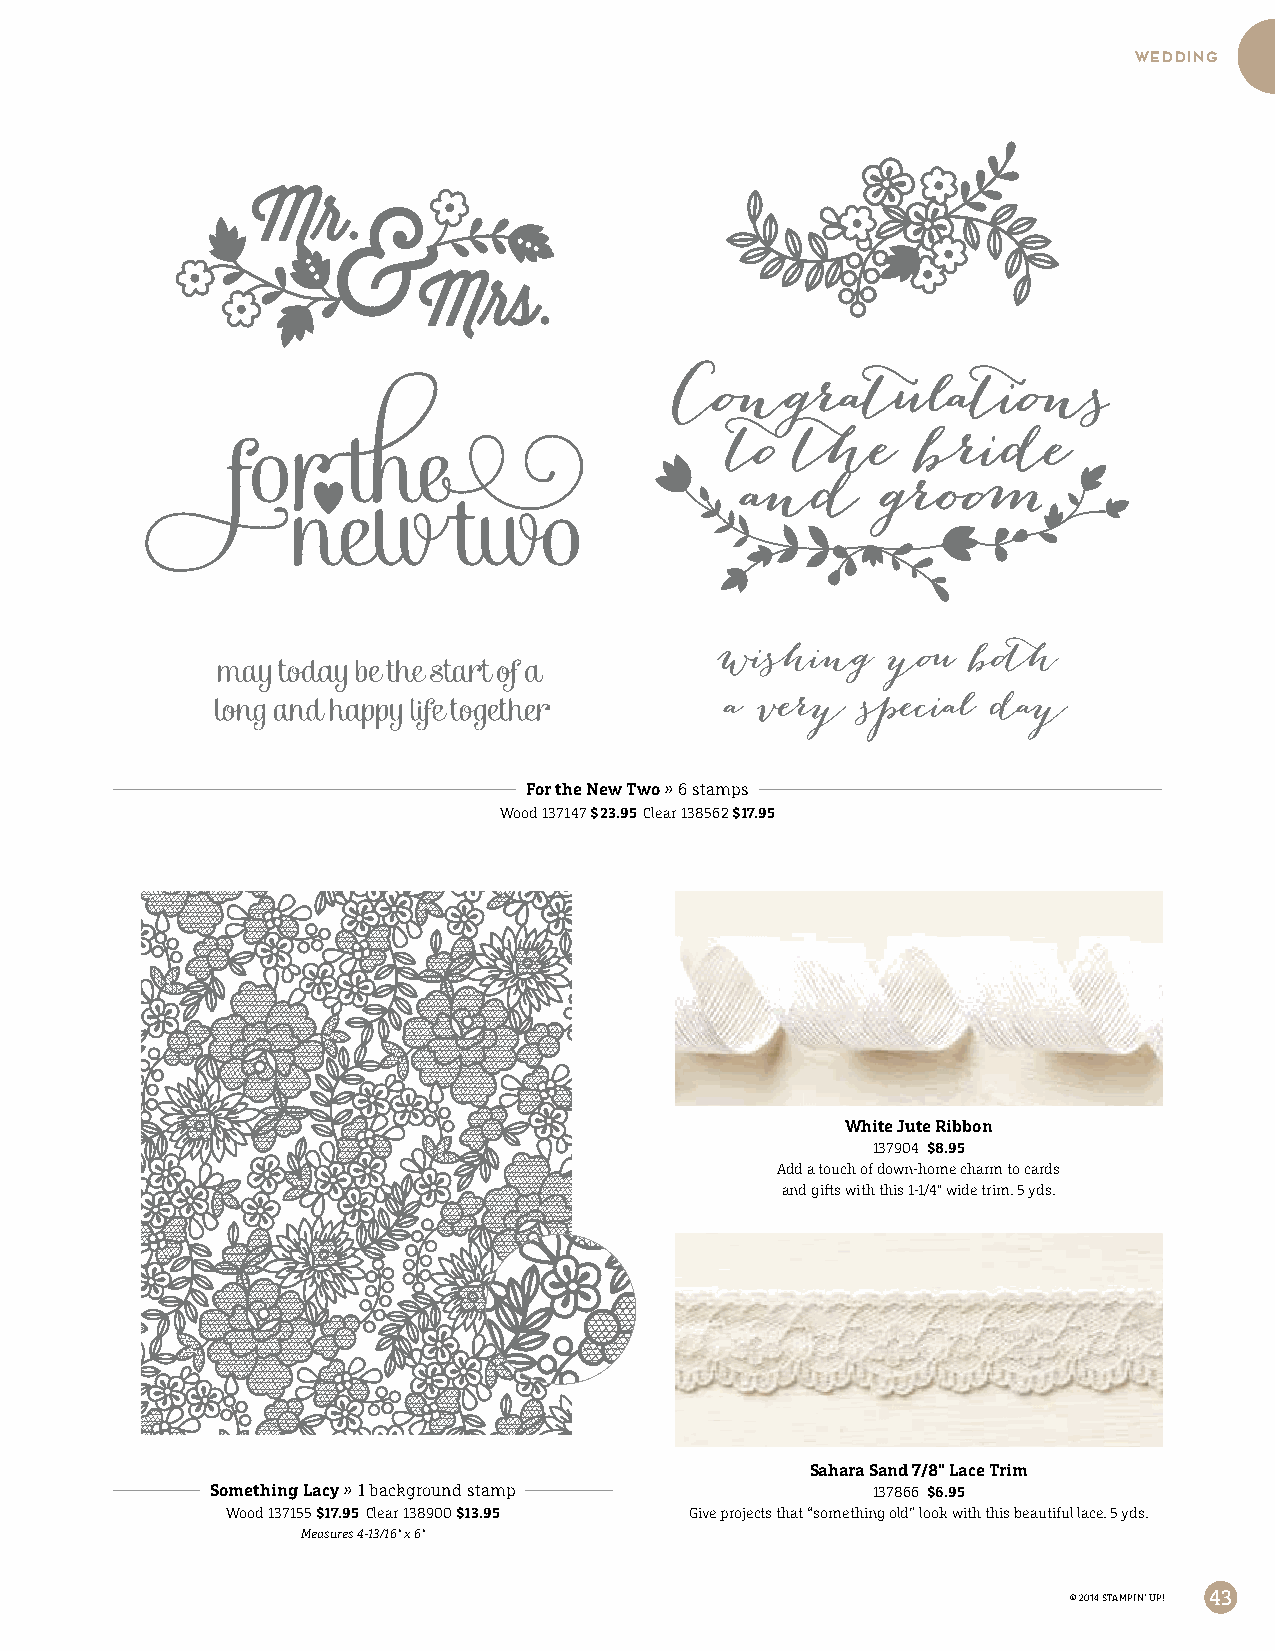
wedding
 For the New Two » 6 stamps
 Wood 137147 $23.95 Clear 138562 $17.95
 White Jute Ribbon
 137904 $8.95
 Add a touch of down-home charm to cards
 and gifts with this 1-1/4" wide trim. 5 yds.
 Sahara Sand 7/8" Lace Trim
 Something Lacy » 1 background stamp         137866 $6.95
 Wood 137155 $17.95 Clear 138900 $13.95 Give projects that “something old” look with this beautiful lace. 5 yds.
 Measures 4-13/16" x 6"
 © 2014 STAMPIN’ UP! 43